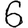
Digit: 6